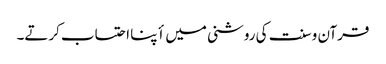
قرآن و سنت کی روشنی میں أپنا احتساب کرتے۔